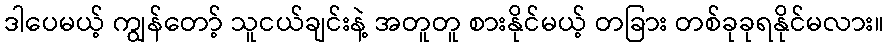
ဒါပေမယ့် ကျွန်တော့် သူငယ်ချင်းနဲ့ အတူတူ စားနိုင်မယ့် တခြား တစ်ခုခုရနိုင်မလား။